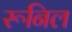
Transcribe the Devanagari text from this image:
रूनिल